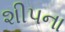
શીપના